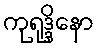
ကုရုဒ္ဒိနော